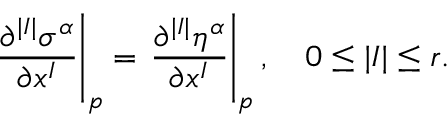
\left. { \frac { \partial ^ { | I | } \sigma ^ { \alpha } } { \partial x ^ { I } } } \right| _ { p } = \left. { \frac { \partial ^ { | I | } \eta ^ { \alpha } } { \partial x ^ { I } } } \right| _ { p } , \quad 0 \leq | I | \leq r .